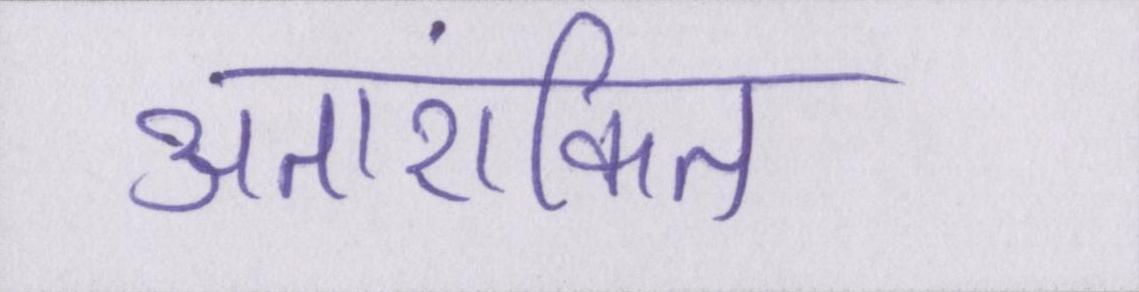
अतारांकित